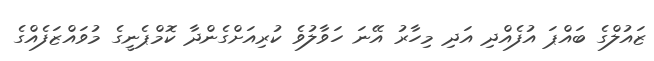
ޒައުލްގެ ބައްޕަ އުފެއްދި އަދި މިހާރު އޭނަ ހަވާލުވެ ކުރިއަށްގެންދާ ކޮމްޕެނީގެ މުވައްޒަފެއްގެ